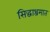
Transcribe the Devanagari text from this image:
सिद्धाश्रमात